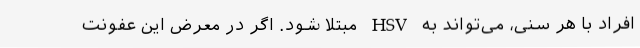
افراد با هر سنی، می‌تواند به HSV مبتلا شود. اگر در معرض این عفونت